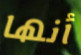
أنها